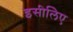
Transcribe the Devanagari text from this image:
इसीलिेए